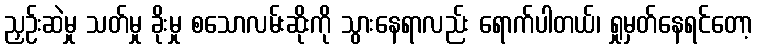
ညှဉ်းဆဲမှု သတ်မှု ခိုးမှု စသောလမ်းဆိုးကို သွားနေရာလည်း ရောက်ပါတယ်၊ ရှုမှတ်နေရင်တော့